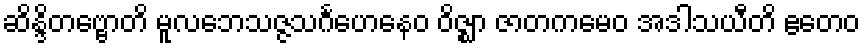
ဆိန္ဒိတဗ္ဗောတိ မူလဘေသဇ္ဇသင်္ဂဟေနေဝ ဝိဇ္ဈာ ဇာတကမေဝ အဒါသယီတိ ဧတေဝ